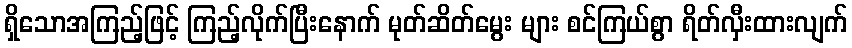
ရှိသောအကြည့်ဖြင့် ကြည့်လိုက်ပြီးနောက် မုတ်ဆိတ်မွေး များ စင်ကြယ်စွာ ရိတ်လှီးထားလျက်